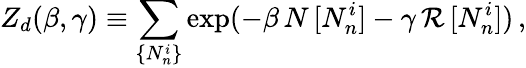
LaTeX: Z_{d}(\beta,\gamma)\equiv\sum_{\{ N_{n}^{i}\} }\exp(-\beta\, N\, [N_{n}^{i}]-\gamma\, {\cal R}\, [N_{n}^{i}])\, ,